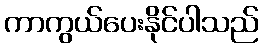
ကာကွယ်ပေးနိုင်ပါသည်